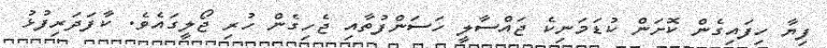
ފިޔާ ހިފައިގެން ކޮށަން ކުޑަމަނިކެ ޖައްސާލީ ހަސަންފުތާއި ޖެހިގެން ހުރި ޖޯލީގައެވެ. ކާފަދަރިފުޅު